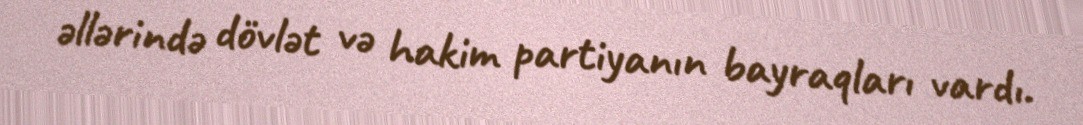
əllərində dövlət və hakim partiyanın bayraqları vardı.